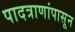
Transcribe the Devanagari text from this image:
पादत्राणांपासून